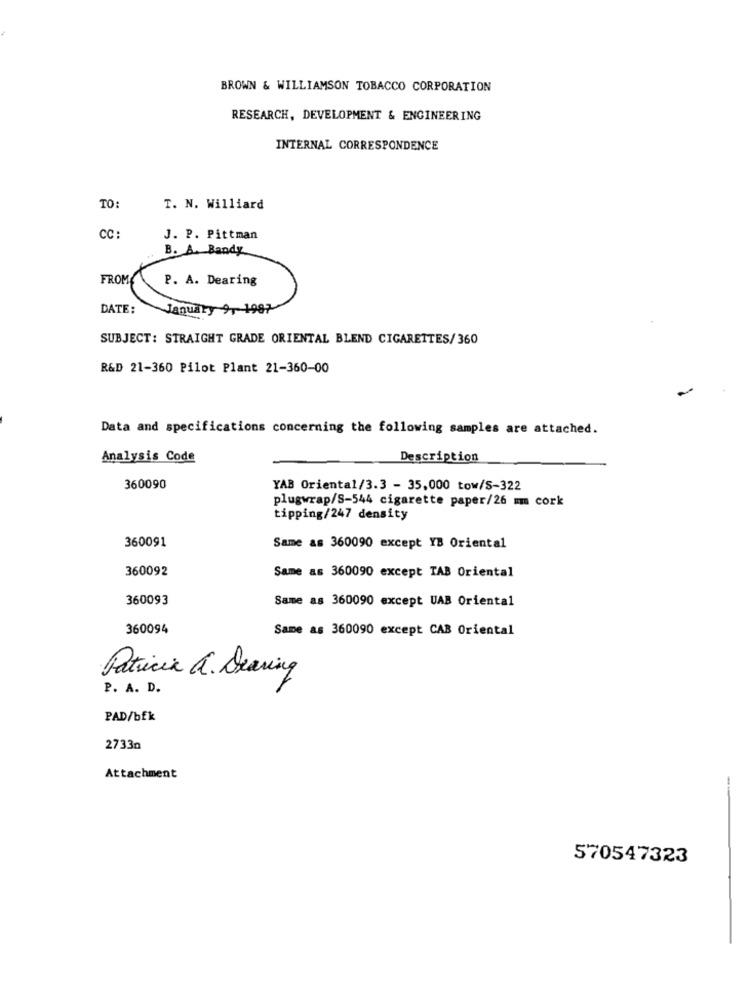
BROWN & WILLIAMSON TOBACCO CORPORATION
RESEARCH, DEVELOPMENT & ENGINEERING
INTERNAL CORRESPONDENCE
TO:
T. N. Williard
CC :
J. P. Pittman
B. A. Bandy
FROM
P. A. Dearing
DATE :
January 9, 198
SUBJECT: STRAIGHT GRADE ORIENTAL BLEND CIGARETTES/360
R&D 21-360 Pilot Plant 21-360-00
Data and specifications concerning the following samples are attached.
Analysis Code
Description
360090
YAB Oriental/3.3 - 35,000 tow/S-322
plugwrap/S-544 cigarette paper/26 mm cork
tipping/247 density
360091
Same as 360090 except YB Oriental
360092
Same as 360090 except TAB Oriental
360093
Same as 360090 except UAB Oriental
360094
Same as 360090 except CAB Oriental
Patricia a. Dearing
P. A. D.
PAD/bfk
2733n
Attachment
570547323